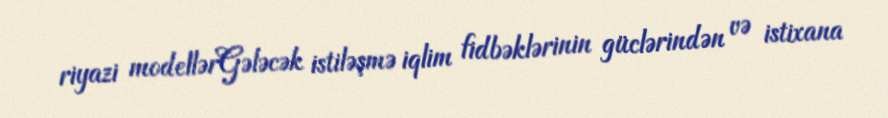
riyazi modellərGələcək istiləşmə iqlim fidbəklərinin güclərindən və istixana